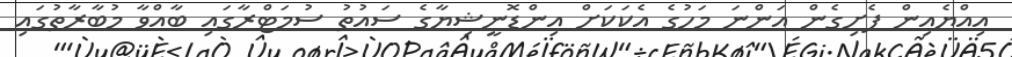
އިއްޔެއިން ފެށިގެން އަންނަ މަހުގެ އެކަކަށް އިންޑޮނީޝިޔާގެ ސައުތު ސުމަޓްރާގައި ބާއްވާ މުބާރާތުގައި